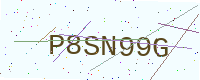
Text: P8SN99G